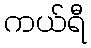
ကယ်ရီ